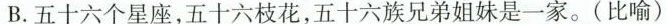
B.五十六个星座，五十六枝花，五十六族兄弟姐妹是一家。(比喻)